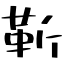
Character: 靳